Indian journal of veterinary science and animal husbandry - Volumes 15-17, 1948-1951
Year: 1948
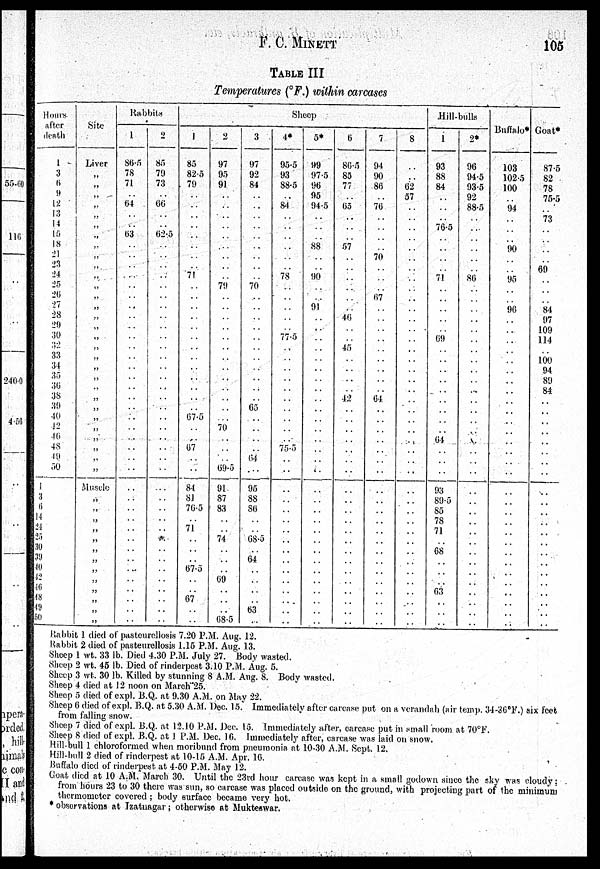
F. C. MINETT
105
TABLE III
Temperatures (°F.) within carcases
Hours
after
death
1
3
6
9
12
13
14
15
18
21
23
24
25
26
27
28
29
30
32
33
34
35
36
38
39
40
42
46
48
49
50
1
3
6
14
21
25
30
39
40
42
46
48
49
50
Site
Liver
„
„
„
„
„
„
„
„
„
„
„
„
„
„
„
„
„
„
„
„
„
„
„
„
„
„
„
„
„
„
Muscle
„
„
„
„
„
„
„
„
„
„
„
„
„
Rabbits
1
86.5
78
71
. .
64
. .
. .
63
. .
. .
. .
. .
. .
. .
. .
. .
. .
. .
. .
. .
. .
. .
. .
. .
. .
. .
. .
. .
. .
. .
. .
. .
. .
. .
. .
. .
. .
. .
. .
. .
. .
. .
. .
. .
. .
2
85
79
73
. .
00
. .
. .
62.5
. .
. .
. .
. .
. .
. .
. .
. .
. .
. .
. .
. .
. .
. .
. .
. .
. .
. .
. .
. .
. .
. .
. .
. .
. .
. .
. .
. .
. .
. .
. .
. .
. .
. .
. .
. .
. .
Sheep
1
85
82.5
79
. .
. .
. .
. .
. .
. .
. .
. .
71
. .
. .
. .
. .
. .
. .
. .
. .
. .
. .
. .
. .
. .
67.5
. .
. .
67
. .
. .
84
81
76.5
. .
71
. .
. .
. .
67.5
. .
. .
67
. .
. .
2
97
95
91
. .
. .
. .
. .
. .
. .
. .
. .
. .
79
. .
. .
. .
. .
. .
. .
. .
. .
. .
. .
. .
. .
. .
70
. .
. .
. .
69.5
91
87
83
. .
. . 74
. .
. .
. .
69
. .
. .
. .
68.5
3
97
92
84
. .
. .
. .
. .
. .
. .
. .
. .
. .
70
. .
. .
. .
. .
. .
. .
. .
. .
. .
. .
. .
65
. .
. .
. .
. .
64
. .
95
88
86
. .
. .
68.5
. .
64
. .
. .
. .
. .
63
. .
4*
95.5
93
88.5
. .
84
. .
. .
. .
. .
. .
. .
78
. .
. .
. .
. .
. .
77.5
. .
. .
. .
. .
. .
. .
. .
. .
. .
. .
75.5
. .
. .
. .
. .
. .
. .
. .
. .
. .
. .
. .
. .
. .
. .
. .
. .
5*
99
97.5
96
95
94.5
. .
. .
. .
88
. .
. .
90
. .
. .
91
. .
. .
. .
. .
. .
. .
. .
. .
. .
. .
. .
. .
. .. .
. .
. .
. .. .
. .
. .
. .
. .
. .
. .
. .
. .
. .
. .. .
. .
. .
. .
. .
6
86.5
85
77
. .
65
. .
. .
. .
57
. .
. .
. .
. .
. .
. .
40
. .
. .
45
. .
. .
. .
. .
42
. .
. .
. .
. .
. .
. .
. .
. .
. .
. .
. .
. .
. .
. .
. .
. .
. .
. .
. .
. .
. .
7
94
90
86
. .
76
. .
. .
. .
. .
70
. .
. .
. .
67
. .
. .
. .
. .
. .
. .
. .
. .
. .
64
. .
. .
. .
. .
. .
. .
. .
. .
. .
. .
. .
. .
. .
. .
. .
. .
. .
. .
. .
. .
. .
8
. .
. .
62
57
. .
. .
. .
. .
. .
. .
. .
. .
. .
. .
. .
. .
. .
. .
. .
. .
. .
. .
. .
. .
. .
. .
. .
. .
. .
. .
. .
. .
. .
. .
. .
. .
. .
. .
. .
. .
. .
. .
. .
. .
. .
Hill-bulls
1
93
88
84
. .
. .
. .
76.5
. .
. .
. .
. .
71
. .
. .
. .
. .
. .
69
. .
. .
. .
. .
. .
. .
. .
. .
. .
64
. .
. .
. .
93
89.5
85
78
71
. .
68
. .
. .
. .
63
. .
. .
. .
2*
96
94.5
93.5
92
88.5
. .
. .
. .
. .
. .
. .
86
. .
. .
. .
. .
. .
. .
. .
. .
. .
. .
. .
. .
. .
. .
. .
. .
. .
. .
. .
. .
. .
. .
. .
. .
. .
. .
. .
. .
. .
. .
. .
. .
. .
Buffalo*
103
102.5
100
. .
94
. .
. .
. .
. .
. .
. .
95
. .
. .
96
. .
. .
. .
. .
. .
. .
. .
. .
. .
. .
. .. .
. .
. .
. .
. .
. .. .
. .
. .
. .
. .
. .
. .
. .
. .
. .
. .
. .
. .
. .
Goat*
87.5
82
78
75.5
. .
73
. .
. .
. .
. .
69
. .
. .
. .
84
97
109
114
. .
100
94
89
84
. .
. .
. .
. .
. .
. .
. .
. .
. .
. .
. .
. .
. .
. .
. .
. .
. .
. .
. .
. .
. .
. .
Rabbit 1 died of pasteurellosis 7.20 P.M. Aug. 12.
Rabbit 2 died of pasteurellosis 1.15 P.M. Aug. 13.
Sheep 1 wt. 33 lb. Died 4.30 P.M. July 27. Body wasted.
Sheep 2 wt. 45 lb. Died of rinderpest 3.10 P.M. Aug. 5.
Sheep 3 wt. 30 lb. Killed by stunning 8 A.M. Aug. 8. Body wasted.
Sheep 4 died at 12 noon on March 25.
Sheep 5 died of expl. B.Q. at 9.30 A.M. on May 22.
Sheep 0 died of expl. B.Q. at 5.30 A.M. Dec. 15. Immediately after carcase put on a verandah (air temp. 34-36ºF.) six feet
from falling snow.
Sheep 7 died of expl. B.Q. at 12.10 P.M. Dec. 15. Immediately after, carcase put in small room at 70ºF.
Sheep 8 died of expl. B.Q. at 1 P.M. Dec. 16. Immediately after, carcase was laid on snow.
Hill-bull 1 chloroformed when moribund from pneumonia at 10-30 A.M. Sept. 12.
Hill-bull 2 died of rinderpest at 10-15 A.M. Apr. 16.
Buffalo died of rinderpest at 4-50 P.M. May 12.
Goat died at 10 A.M. March 30. Until the 23rd hour carcase was kept in a small godown since the sky was cloudy;
from hours 23 to 30 there was sun, so carcase was placed outside on the ground, with projecting part of the minimum
thermometer covered; body surface became very hot.
* observations at Izatnagar; otherwise at Mukteswar.